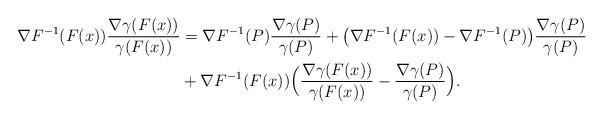
LaTeX: \begin{align*}\nabla F^{-1}(F(x)) \frac{\nabla\gamma(F(x))}{\gamma(F(x))} &= \nabla F^{-1}(P) \frac{\nabla\gamma(P)}{\gamma(P)} + \big( \nabla F^{-1}(F(x)) - \nabla F^{-1}(P) \big) \frac{\nabla\gamma(P)}{\gamma(P)} \\& + \nabla F^{-1}(F(x)) \Big( \frac{\nabla\gamma(F(x))}{\gamma(F(x))} - \frac{\nabla\gamma(P)}{\gamma(P)} \Big).\end{align*}